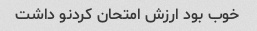
خوب بود ارزش امتحان کردنو داشت